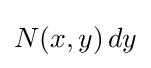
N(x,y)\,dy